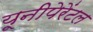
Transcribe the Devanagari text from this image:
यूनीपेरेंटल